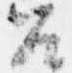
召